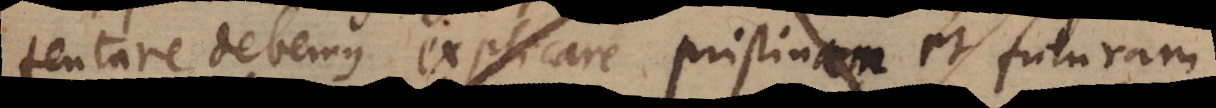
tentare debemus explicare pristinam et futuram